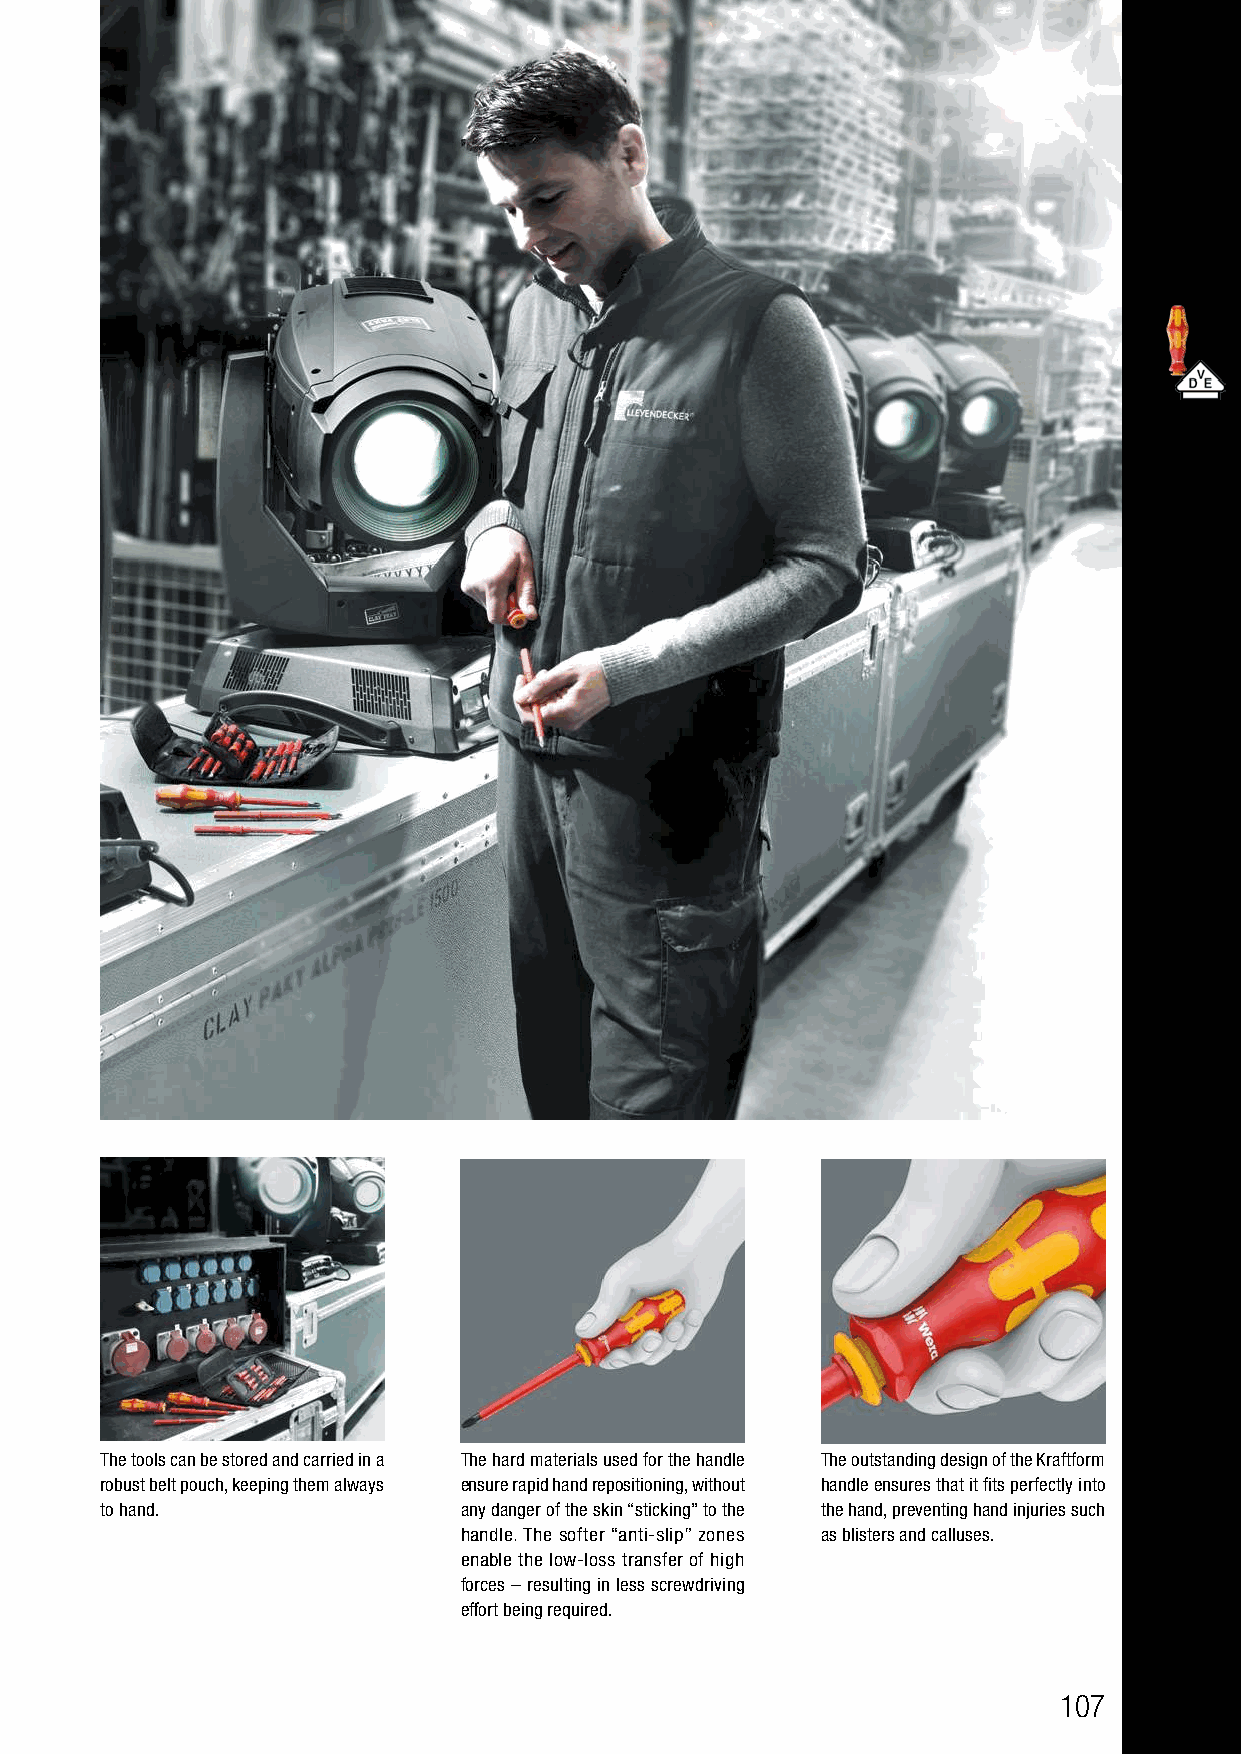
The tools can be stored and carried in a The hard materials used for the handle The outstanding design of the Kraftform
 robust belt pouch, keeping them always ensure rapid hand repositioning, without handle ensures that it fits perfectly into
 to hand.               any danger of the skin “sticking” to the the hand, preventing hand injuries such
 handle. The softer “anti-slip” zones as blisters and calluses.
 enable the low-loss transfer of high
 forces – resulting in less screwdriving
 effort being required.
 107